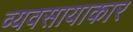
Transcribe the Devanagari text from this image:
व्यवसायाकार